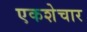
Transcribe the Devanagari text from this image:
एकशेचार